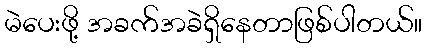
မဲပေးဖို့ အခက်အခဲရှိနေတာဖြစ်ပါတယ်။